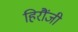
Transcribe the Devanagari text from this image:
हिरौंजी